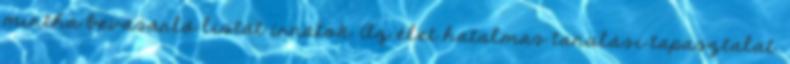
mintha bevásárló listát írnátok. Az élet hatalmas tanulási tapasztalat.